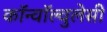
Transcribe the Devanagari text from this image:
कॉन्वॉल्वुलेसी